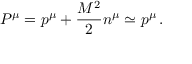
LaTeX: P ^ { \mu } = p ^ { \mu } + \frac { M ^ { 2 } } { 2 } n ^ { \mu } \simeq p ^ { \mu } \, .